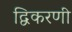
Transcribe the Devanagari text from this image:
द्विकरणी